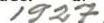
1927